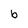
Character: b